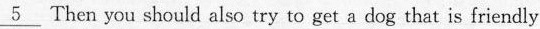
\underline{5} Then you should also try to get a dog that is friendly